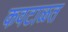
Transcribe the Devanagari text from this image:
कवटाळत